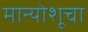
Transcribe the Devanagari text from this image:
मान्योशूचा